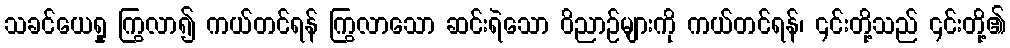
သခင်ယေရှု ကြွလာ၍ ကယ်တင်ရန် ကြွလာသော ဆင်းရဲသော ဝိညာဉ်များကို ကယ်တင်ရန်၊ ၎င်းတို့သည် ၎င်းတို့၏